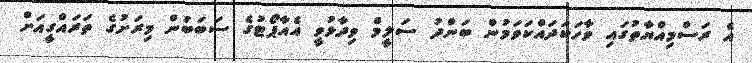
އެ ރަސްމިއްޔާތުގައި ވާހަކަދައްކަވަމުން ބަންދު ސަލީމް ވިދާޅުވީ އެއާޕޯޓުގެ ސަބަބުން މިރަށުގެ ތަރައްގީއަށް